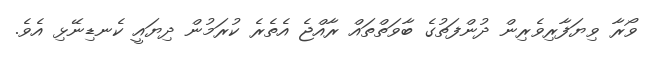
ވޯރާ ވިޔަފާރިވެރިން ދުންފަތުގެ ބާވަތްތައް ރާއްޖެ އެތެރެ ކުރަމުން ދިޔައީ ކެނޑިނޭޅި އެވެ.